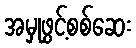
အမှုဖွင့်စစ်ဆေး